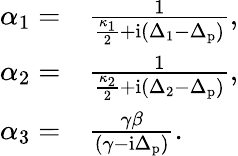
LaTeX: \begin{array}{rl}{\alpha_{1}=}&{\frac{1}{\frac{\kappa_{1}}{2}+\mathrm{i}\left(\Delta_{1}-\Delta_{\mathrm{p}}\right)},}\\ {\alpha_{2}=}&{\frac{1}{\frac{\kappa_{2}}{2}+\mathrm{i}\left(\Delta_{2}-\Delta_{\mathrm{p}}\right)},}\\ {\alpha_{3}=}&{\frac{\gamma\beta}{\left(\gamma-\mathrm{i}\Delta_{\mathrm{p}}\right)}.}\end{array}